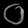
Digit: ၀